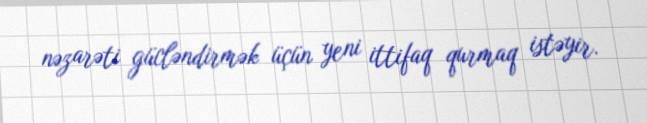
nəzarəti gücləndirmək üçün yeni ittifaq qurmaq istəyir.